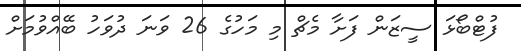
ފުޓްބޯޅަ ސީޒަން ފަށާ މެޗް މި މަހުގެ 26 ވަނަ ދުވަހު ބޭއްވުމަށް